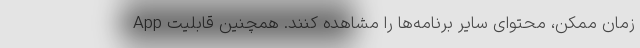
زمان ممکن، محتوای سایر برنامه‌ها را مشاهده کنند. همچنین قابلیت App